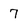
Character: 7